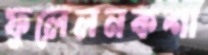
ফুলেলনকশা